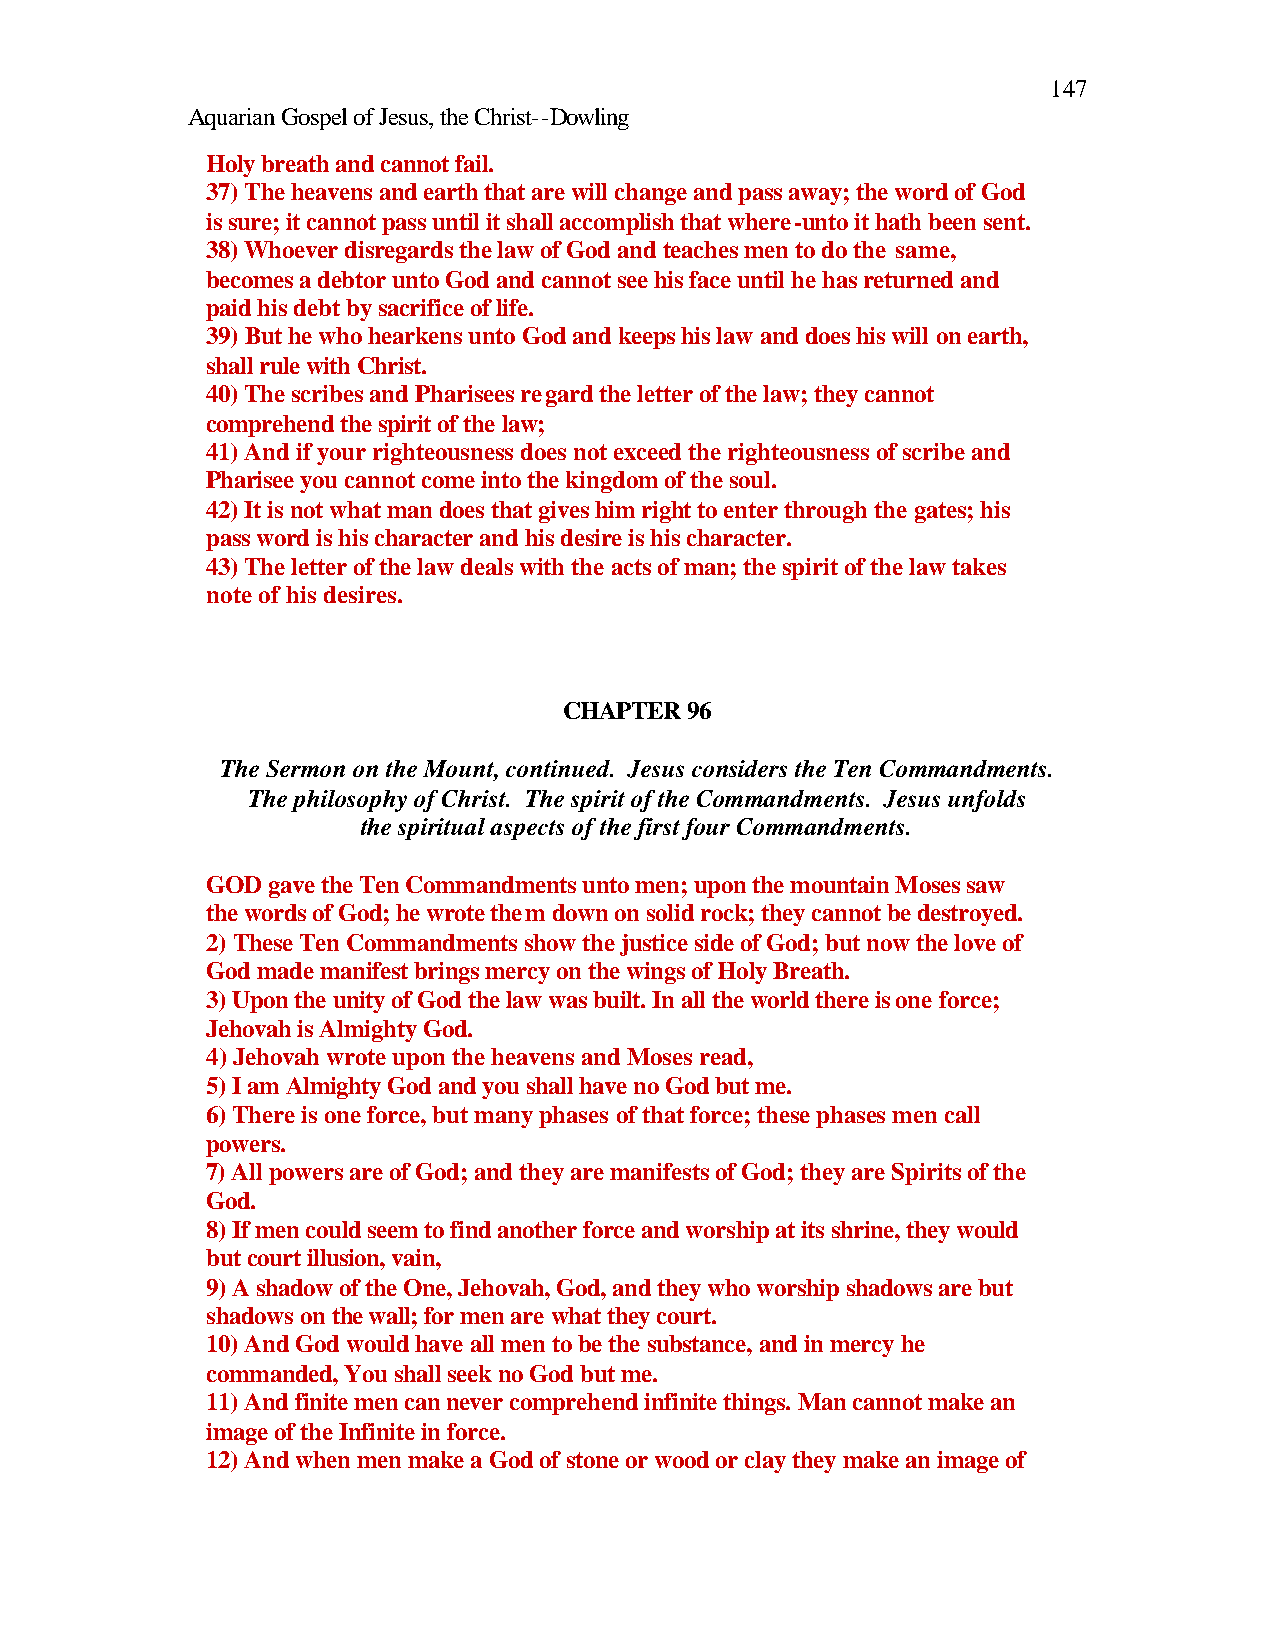
147
 Aquarian Gospel of Jesus, the Christ--Dowling
 Holy breath and cannot fail.
 37) The heavens and earth that are will change and pass away; the word of God
 is sure; it cannot pass until it shall accomplish that where-unto it hath been sent.
 38) Whoever disregards the law of God and teaches men to do the same,
 becomes a debtor unto God and cannot see his face until he has returned and
 paid his debt by sacrifice of life.
 39) But he who hearkens unto God and keeps his law and does his will on earth,
 shall rule with Christ.
 40) The scribes and Pharisees regard the letter of the law; they cannot
 comprehend the spirit of the law;
 41) And if your righteousness does not exceed the righteousness of scribe and
 Pharisee you cannot come into the kingdom of the soul.
 42) It is not what man does that gives him right to enter through the gates; his
 pass word is his character and his desire is his character.
 43) The letter of the law deals with the acts of man; the spirit of the law takes
 note of his desires.
 CHAPTER 96
 The Sermon on the Mount, continued. Jesus considers the Ten Commandments.
 The philosophy of Christ. The spirit of the Commandments. Jesus unfolds
 the spiritual aspects of the first four Commandments.
 GOD gave the Ten Commandments unto men; upon the mountain Moses saw
 the words of God; he wrote them down on solid rock; they cannot be destroyed.
 2) These Ten Commandments show the justice side of God; but now the love of
 God made manifest brings mercy on the wings of Holy Breath.
 3) Upon the unity of God the law was built. In all the world there is one force;
 Jehovah is Almighty God.
 4) Jehovah wrote upon the heavens and Moses read,
 5) I am Almighty God and you shall have no God but me.
 6) There is one force, but many phases of that force; these phases men call
 powers.
 7) All powers are of God; and they are manifests of God; they are Spirits of the
 God.
 8) If men could seem to find another force and worship at its shrine, they would
 but court illusion, vain,
 9) A shadow of the One, Jehovah, God, and they who worship shadows are but
 shadows on the wall; for men are what they court.
 10) And God would have all men to be the substance, and in mercy he
 commanded, You shall seek no God but me.
 11) And finite men can never comprehend infinite things. Man cannot make an
 image of the Infinite in force.
 12) And when men make a God of stone or wood or clay they make an image of